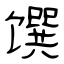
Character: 馔